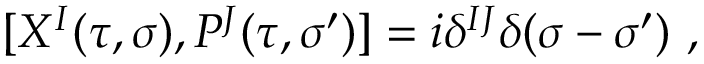
[ X ^ { I } ( \tau , \sigma ) , { \cal P } ^ { J } ( \tau , \sigma ^ { \prime } ) ] = i \delta ^ { I J } \delta ( \sigma - \sigma ^ { \prime } ) ~ ,